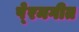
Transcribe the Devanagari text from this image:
पे्रमगीत